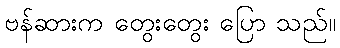
ဗန်ဆားက တွေးတွေး ပြော သည်။